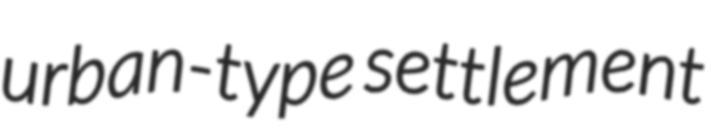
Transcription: urban-type settlement